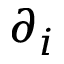
\partial _ { i }